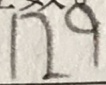
1 2 9